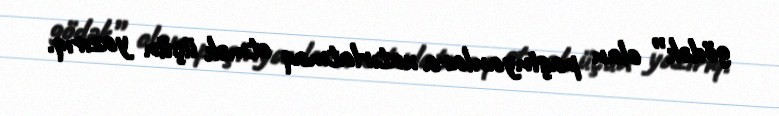
gödək” olan paşinyanlara xatırlatmaq etmək üçün yazırıq.